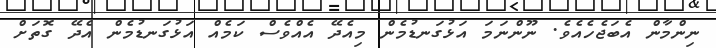
ނިންމާން އެބަޖެހެއެވެ. ނޫންނަމަ އަޅުގަނޑުމެން މިއެދޭ އެއްވެސް ކަމެއް އަޅުގަނޑުމެން އެދޭ ގޮތަށް